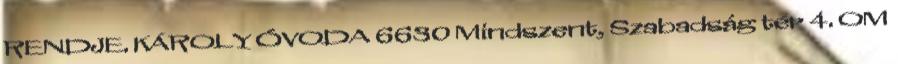
RENDJE. KÁROLY ÓVODA 6630 Mindszent, Szabadság tér 4. OM